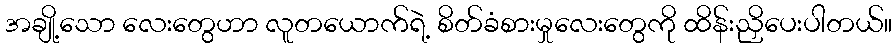
အချို့သော လေးတွေဟာ လူတယောက်ရဲ့ စိတ်ခံစားမှုလေးတွေကို ထိန်းညှိပေးပါတယ်။